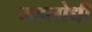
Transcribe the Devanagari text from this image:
महलोधी